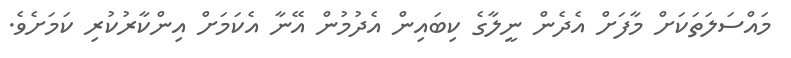
މައްސަލަތަކަށް މާފަށް އެދެން ނީލާގެ ކިބައިން އެދުމުން އޭނާ އެކަމަށް އިންކާރުކުރި ކަމަށެވެ.